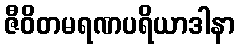
ဇီဝိတမရဏပရိယာဒါနာ